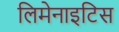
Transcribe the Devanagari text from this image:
लिमेनाइटिस